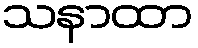
သနာထာ